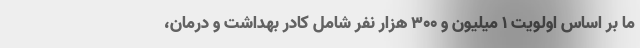
ما بر اساس اولویت ۱ میلیون و ۳۰۰ هزار نفر شامل کادر بهداشت و درمان،